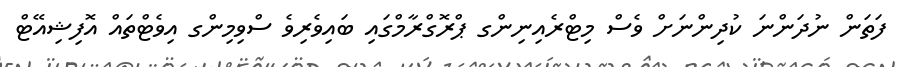
ފަތަން ނުދަންނަ ކުދިންނަށް ވެސް މިޓްރެއިނިންގ ޕްރޮގްރާމްގައި ބައިވެރިވެ ސްވިމިންގ އިވެޓްތައް އޮފިޝިއޭޓް